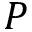
P